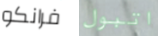
فرانكو اتبول